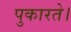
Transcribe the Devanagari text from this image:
पुकारते।